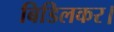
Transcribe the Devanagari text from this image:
बिडिलकर।